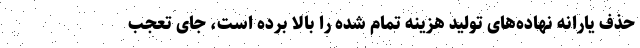
حذف یارانه نهاده‌های تولید هزینه تمام شده را بالا برده است، جای تعجب